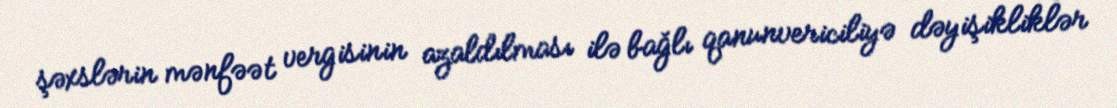
şəxslərin mənfəət vergisinin azaldılması ilə bağlı qanunvericiliyə dəyişikliklər